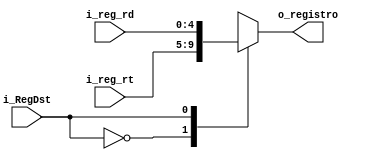
`timescale 1ns / 1ps

module Mux_Registro
    #(
        parameter NBITS = 5
    )
    (
        input   wire                          i_RegDst,
        input   wire     [NBITS-1      :0]    i_reg_rd,
        input   wire     [NBITS-1      :0]    i_reg_rt,
        output  wire     [NBITS-1      :0]    o_registro                 
    );
    
    reg [NBITS-1  :0]   to_reg;

    
    always @(*)
    begin
        case(i_RegDst)
            1'b0:   to_reg  <=  i_reg_rt    ;   
            1'b1:   to_reg  <=  i_reg_rd    ;
        endcase
    end

    assign  o_registro   =   to_reg;

endmodule